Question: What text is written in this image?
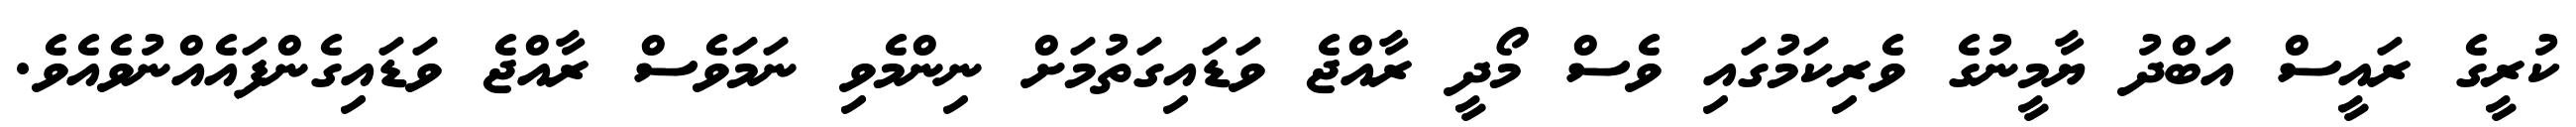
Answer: ކުރީގެ ރައީސް އަބްދު ޔާމީނުގެ ވެރިކަމުގައި ވެސް މޯދީ ރާއްޖެ ވަޑައިގަތުމަށް ނިންމެވި ނަމަވެސް ރާއްޖެ ވަޑައިގެންފައެއްނުވެއެވެ.